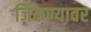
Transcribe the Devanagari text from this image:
जिंकण्यावर